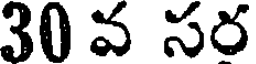
30 వ సర